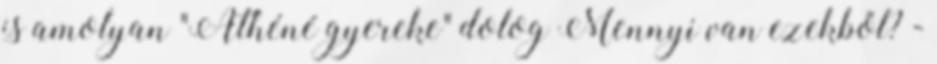
is amolyan "Athéné gyereke" dolog Mennyi van ezekből? -